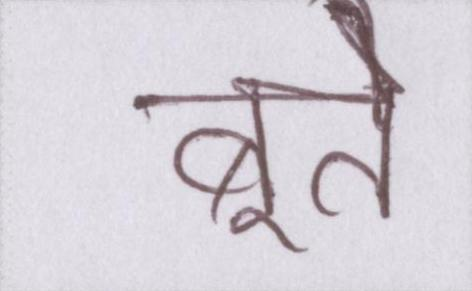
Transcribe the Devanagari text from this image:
बूते